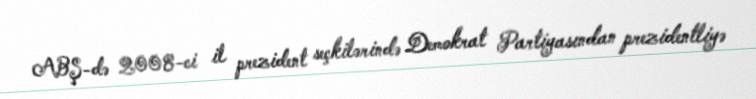
ABŞ-də 2008-ci il prezident seçkilərində Demokrat Partiyasından prezidentliyə